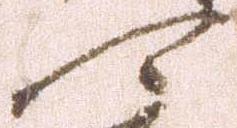
可